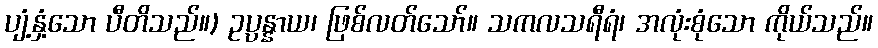
ပျံ့နှံ့သော ပီတိသည်။) ဥပ္ပန္နာယ၊ ဖြစ်လတ်သော်။ သကလသရီရံ၊ အလုံးစုံသော ကိုယ်သည်။